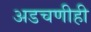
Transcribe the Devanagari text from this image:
अडचणीही